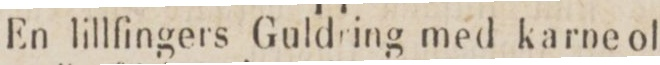
En lillfingers Guldring med karne ol-